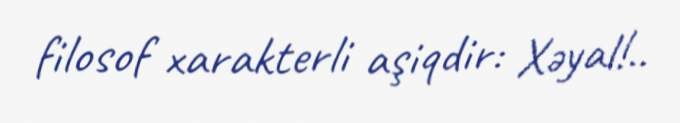
filosof xarakterli aşiqdir: Xəyal!..